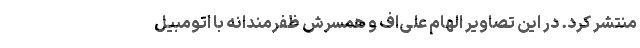
منتشر کرد. در این تصاویر الهام علی‌اف و همسرش ظفرمندانه با اتومبیل